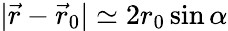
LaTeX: |{\vec{r}}-{\vec{r}}_{0}|\simeq 2r_{0}\sin\alpha